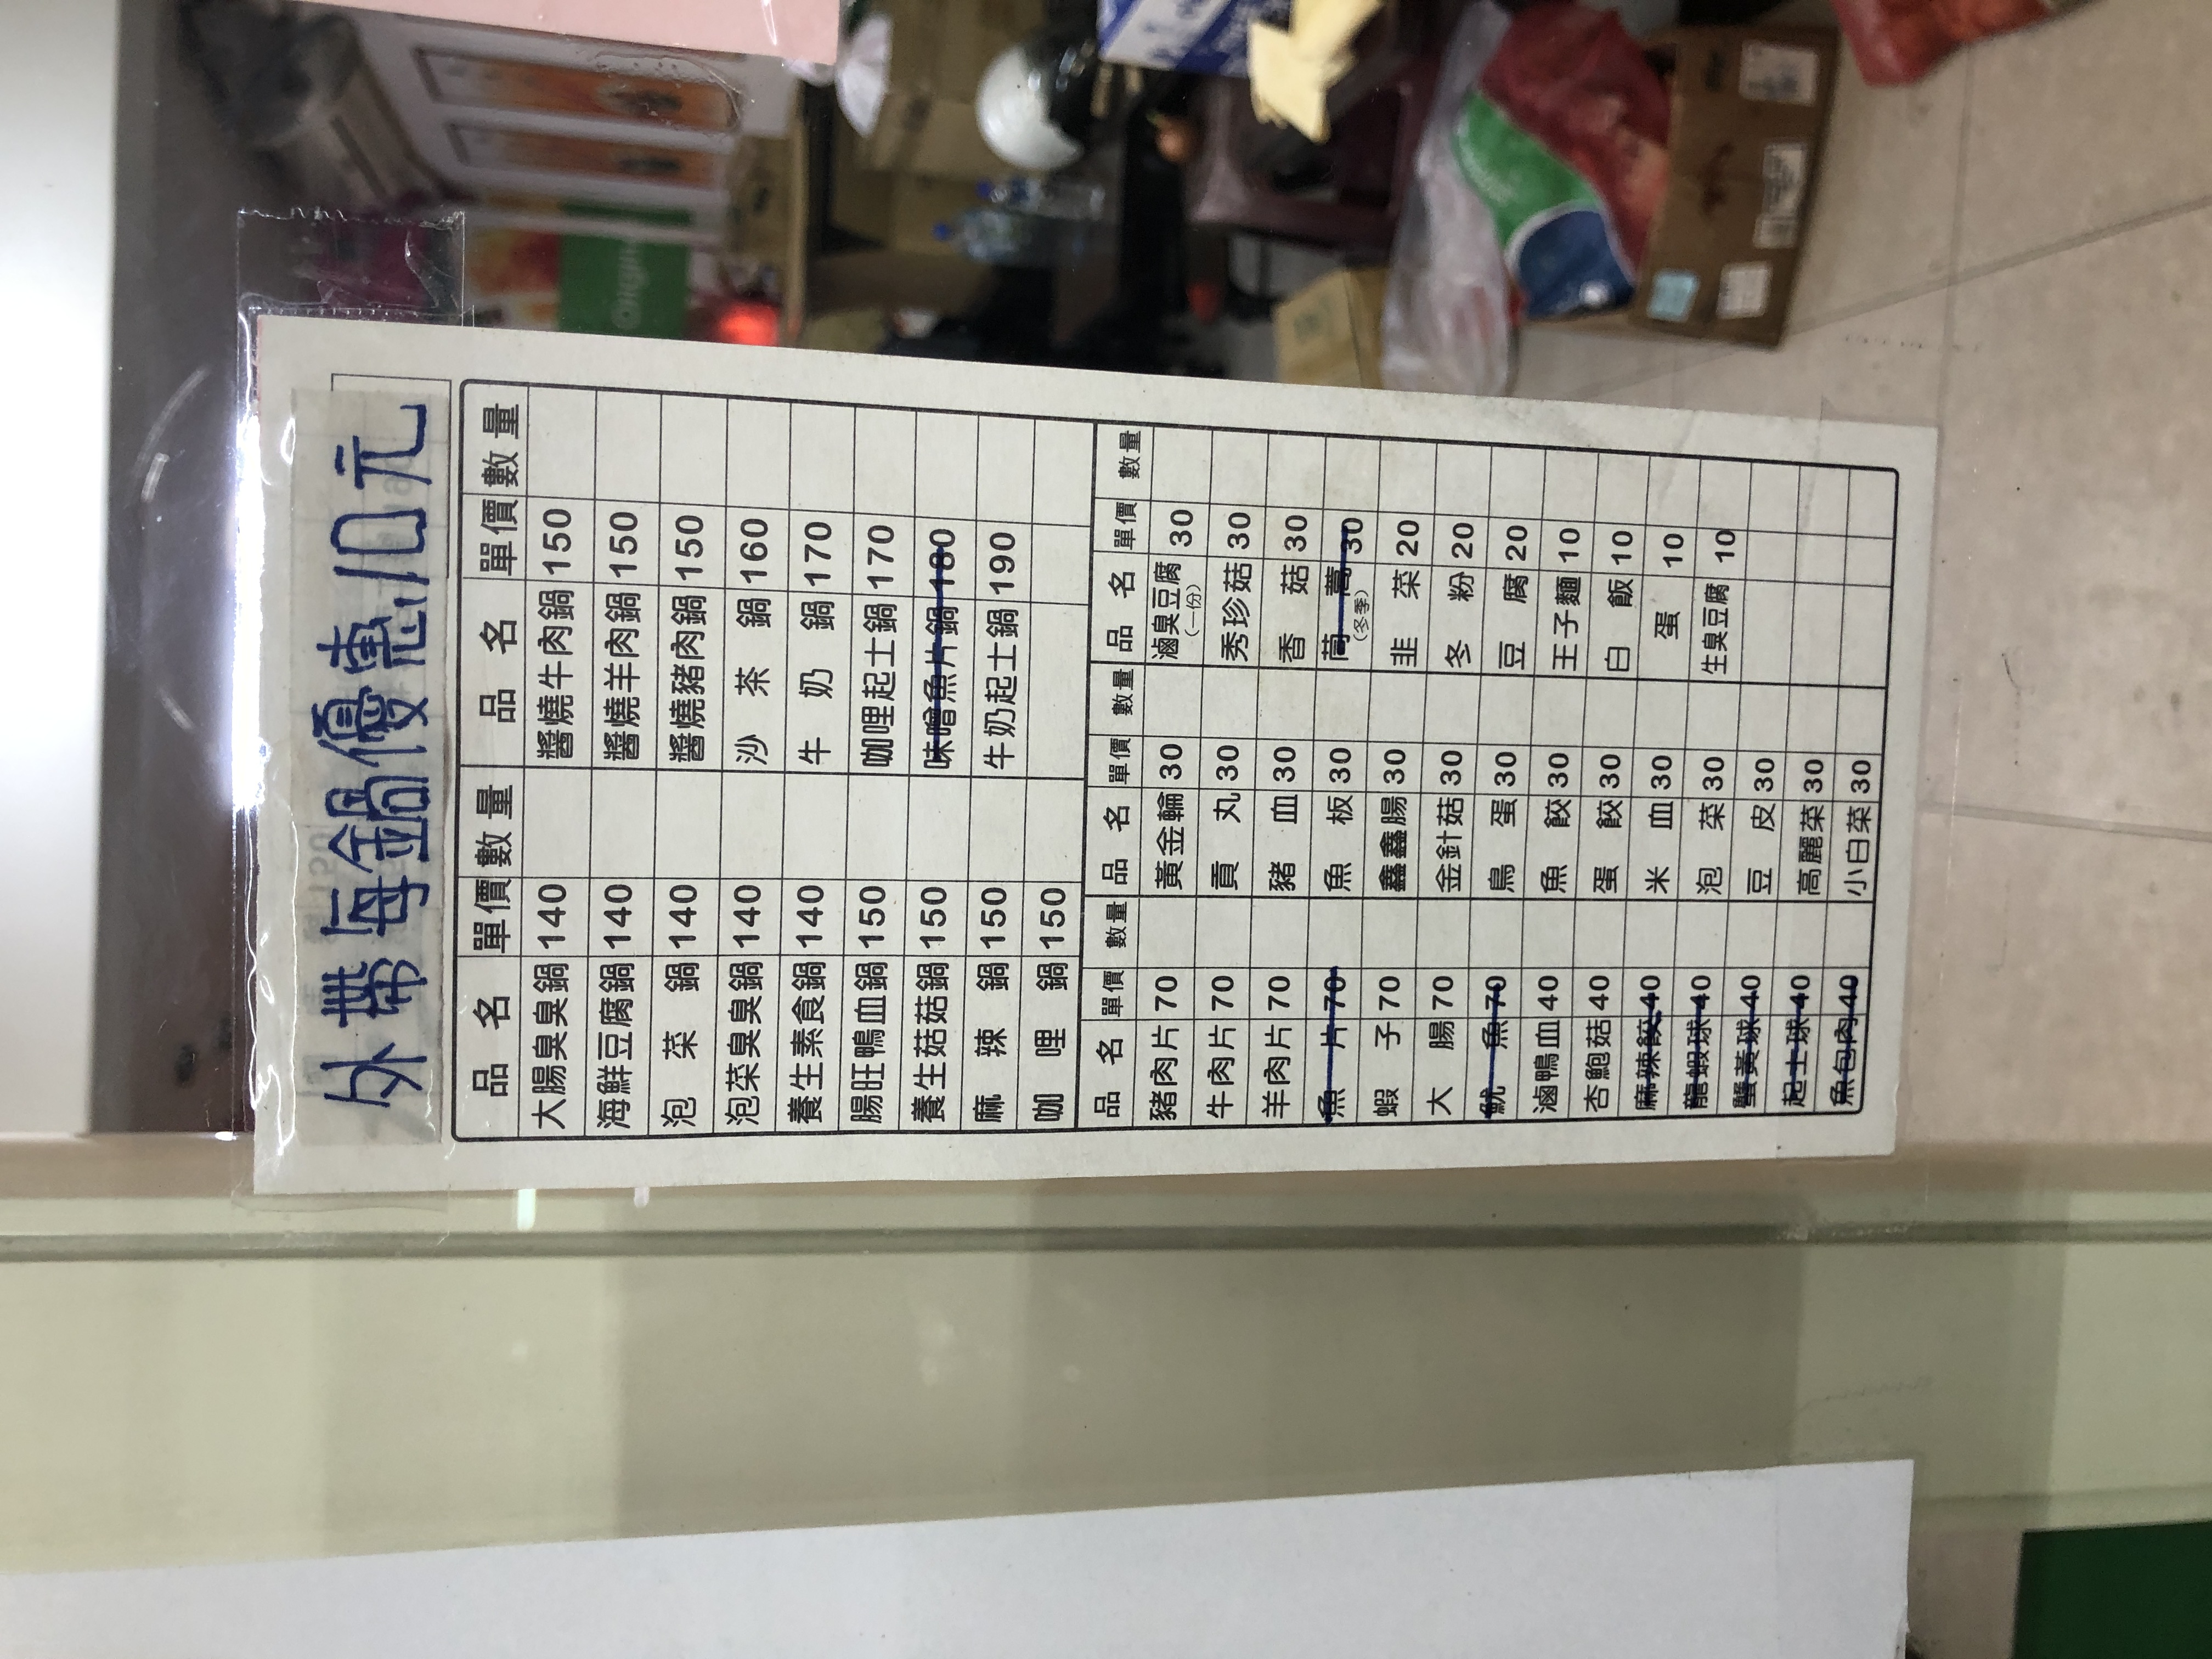
菜單：
name: 大腸臭臭鍋
price: 140
name: 海鮮豆腐鍋
price: 140
name: 泡菜鍋
price: 140
name: 泡菜臭臭鍋
price: 140
name: 養生藥膳鍋
price: 150
name: 腸旺鴨血鍋
price: 150
name: 咖喱鍋
price: 150
name: 養生菇菇鍋
price: 150
name: 麻辣鍋
price: 150
name: 鍋燒意麵鍋
price: 150
name: 醬燒牛肉鍋
price: 150
name: 醬燒豬肉鍋
price: 150
name: 沙茶鍋
price: 160
name: 牛奶鍋
price: 170
name: 咖哩起士鍋
price: 170
name: 味噌魚片鍋
price: 180
name: 牛奶起士鍋
price: 190
name: 豬肉片
price: 70
name: 牛肉片
price: 70
name: 羊肉片
price: 70
name: 鯛魚
price: 70
name: 大腸
price: 70
name: 滷鴨血
price: 40
name: 杏鮑菇
price: 40
name: 龍蝦球
price: 40
name: 蟹黃球
price: 40
name: 起士燒
price: 40
name: 魚包蛋
price: 40
name: 黃金輪
price: 30
name: 貢丸
price: 30
name: 豬血
price: 30
name: 魚板
price: 30
name: 鑫鑫腸
price: 30
name: 金針菇
price: 30
name: 鳥蛋
price: 30
name: 蝦餃
price: 30
name: 米血
price: 30
name: 臭豆腐
price: 30
name: 秀珍菇
price: 30
name: 香菇
price: 30
name: 高麗菜
price: 30
name: 韭菜
price: 30
name: 泡菜
price: 30
name: 豆皮
price: 30
name: 冬粉
price: 20
name: 王子麵
price: 10
name: 白飯
price: 10
name: 蛋
price: 10
name: 生臭豆腐
price: 10